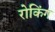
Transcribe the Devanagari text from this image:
रोकिंग